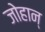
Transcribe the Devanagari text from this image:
जोहान्